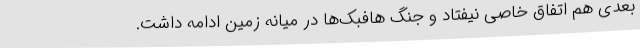
بعدی هم اتفاق خاصی نیفتاد و جنگ هافبک‌ها در میانه زمین ادامه داشت.